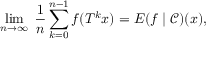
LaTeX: \operatorname* { l i m } _ { n \rightarrow \infty } \; { \frac { 1 } { n } } \sum _ { k = 0 } ^ { n - 1 } f ( T ^ { k } x ) = E ( f \mid { \mathcal { C } } ) ( x ) ,